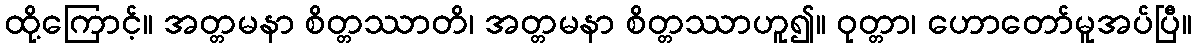
ထို့ကြောင့်။ အတ္တမနာ စိတ္တဿာတိ၊ အတ္တမနာ စိတ္တဿာဟူ၍။ ဝုတ္တာ၊ ဟောတော်မူအပ်ပြီ။